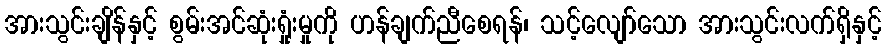
အားသွင်းချိန်နှင့် စွမ်းအင်ဆုံးရှုံးမှုကို ဟန်ချက်ညီစေရန်၊ သင့်လျော်သော အားသွင်းလက်ရှိနှင့်